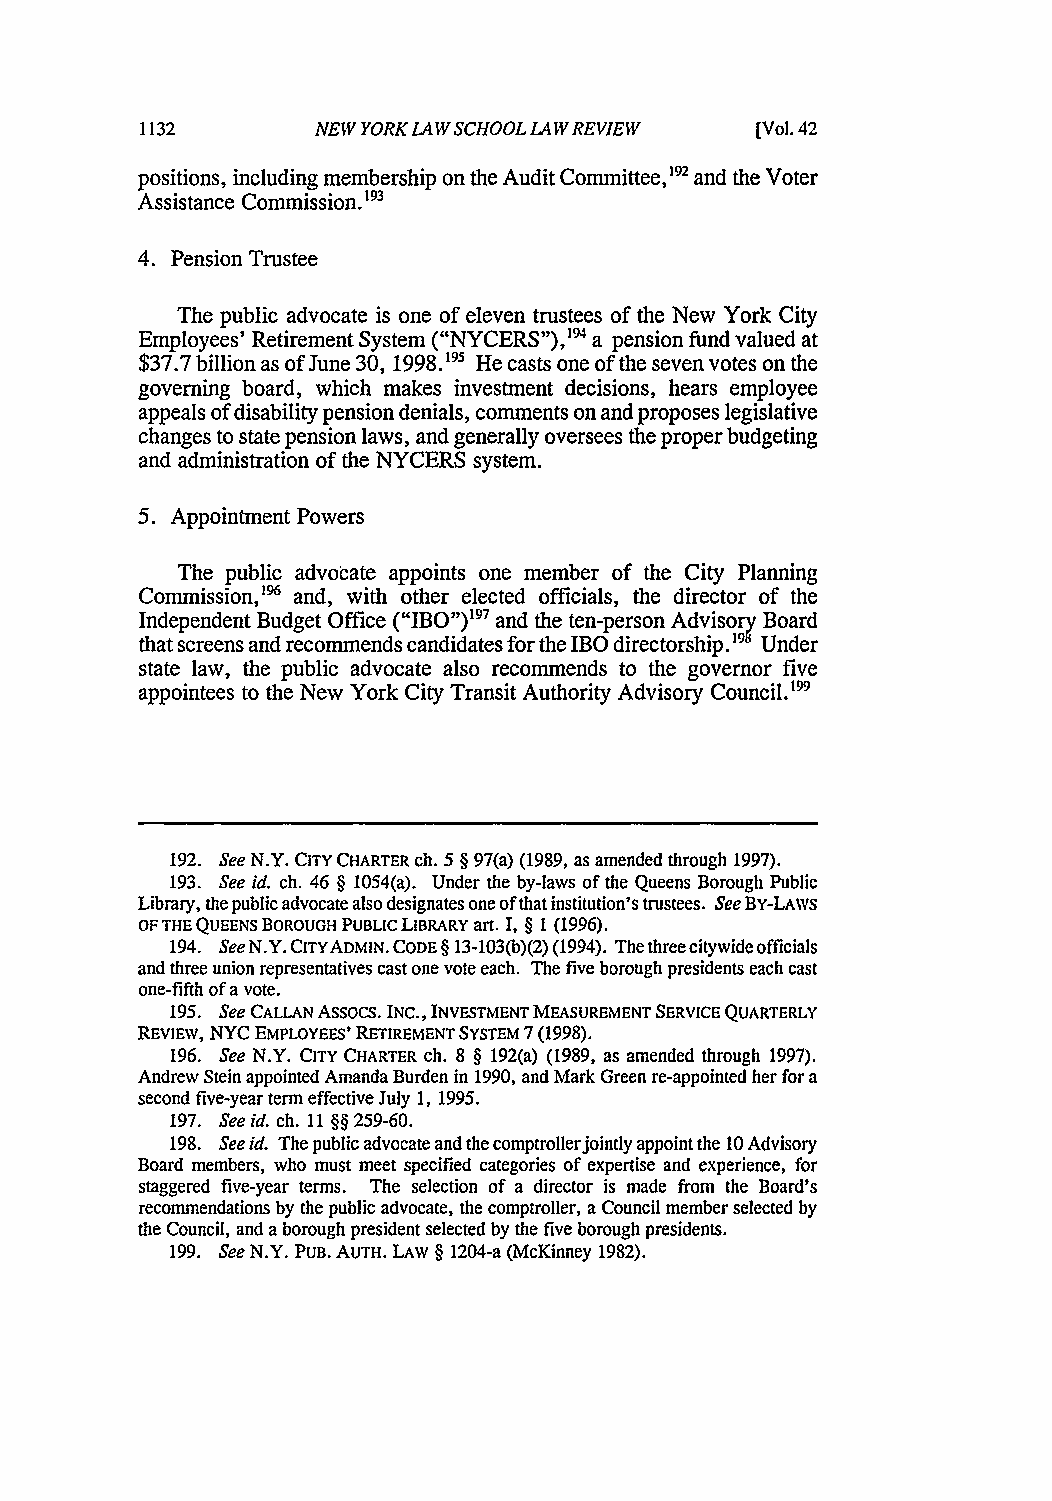
NEW YORK LAW SCHOOL LA W REVIEW [Vol. 42
 positions, including membership on the Audit Committee,"9 and the Voter
 Assistance Commission.93
 4. Pension Trustee
 The public advocate is one of eleven trustees of the New York City
 Employees' Retirement System ("NYCERS"), 194 a pension fund valued at
 $37.7 billion as of June 30, 1998.195 He casts one of the seven votes on the
 governing board, which makes investment decisions, hears employee
 appeals of disability pension denials, comments on and proposes legislative
 changes to state pension laws, and generally oversees the proper budgeting
 and administration of the NYCERS system.
 5. Appointment Powers
 The public advocate appoints one member of the City Planning
 Commission,'96 and, with other elected officials, the director of the
 Independent Budget Office ("IBO")'9 and the ten-person Advisory Board
 that screens and recommends candidates for the IBO directorship.'9 Under
 state law, the public advocate also recommends to the governor five
 appointees to the New York City Transit Authority Advisory Council.'99
 192. See N.Y. CITY CHARTER ch. 5 § 97(a) (1989, as amended through 1997).
 193. See id. ch. 46 § 1054(a). Under the by-laws of the Queens Borough Public
 Library, the public advocate also designates one of that institution's trustees. See BY-LAWS
 OF THE QUEENS BOROUGH PUBLIC LIBRARY art. I, § 1 (1996).
 194. See N.Y. CITYADMIN. CODE § 13-103(b)(2) (1994). The three citywide officials
 and three union representatives cast one vote each. The five borough presidents each cast
 one-fifth of a vote.
 195. See CALLAN Assocs. INC., INVESTMENT MEASUREMENT SERVICE QUARTERLY
 REVIEW, NYC EMPLOYEES' RETIREMENT SYSTEM 7 (1998).
 196. See N.Y. CITY CHARTER ch. 8 § 192(a) (1989, as amended through 1997).
 Andrew Stein appointed Amanda Burden in 1990, and Mark Green re-appointed her for a
 second five-year term effective July 1, 1995.
 197. See id. ch. 11 §§ 259-60.
 198. See id. The public advocate and the comptrollerjointly appoint the 10 Advisory
 Board members, who must meet specified categories of expertise and experience, for
 staggered five-year terms. The selection of a director is made from the Board's
 recommendations by the public advocate, the comptroller, a Council member selected by
 the Council, and a borough president selected by the five borough presidents.
 199. See N.Y. PUB. AUTH. LAW § 1204-a (McKinney 1982).